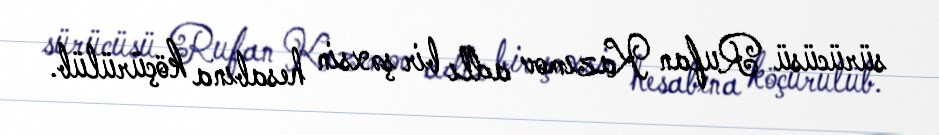
sürücüsü Rufan Kazımov adlı bir şəxsin hesabına köçürülüb.